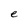
Character: e